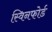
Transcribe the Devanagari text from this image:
स्विनफोर्ड